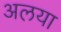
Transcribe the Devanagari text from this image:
अलया